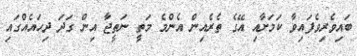
ބައިވެރިވެފައިވާ ކަމަށާއި އޭގެ ތެރެއިން އެންމެ މަތީ ނަތީޖާ އިން ގަދަ ދިހައެއްގައި